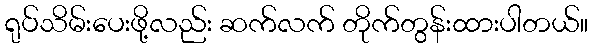
ရုပ်သိမ်းပေးဖို့လည်း ဆက်လက် တိုက်တွန်းထားပါတယ်။